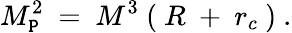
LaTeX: M_{\mathtt{P}}^{2}~=~M^{3}~(~R~+~r_{c}~)~.